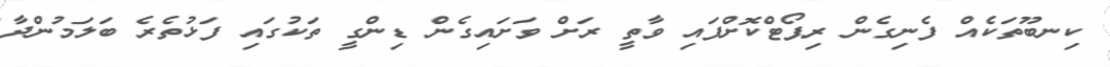
ކިނބޫތަކެއް ފެނިގެން ރިޕޯޓްކޮށްފައި ވާތީ ރަށް ވަށައިގެން ޑިންގީ ތަކުގައި ފަޅުތެރެ ބަލަމުންދާ